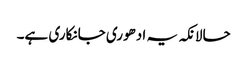
حالانکہ یہ ادھوری جانکاری ہے۔